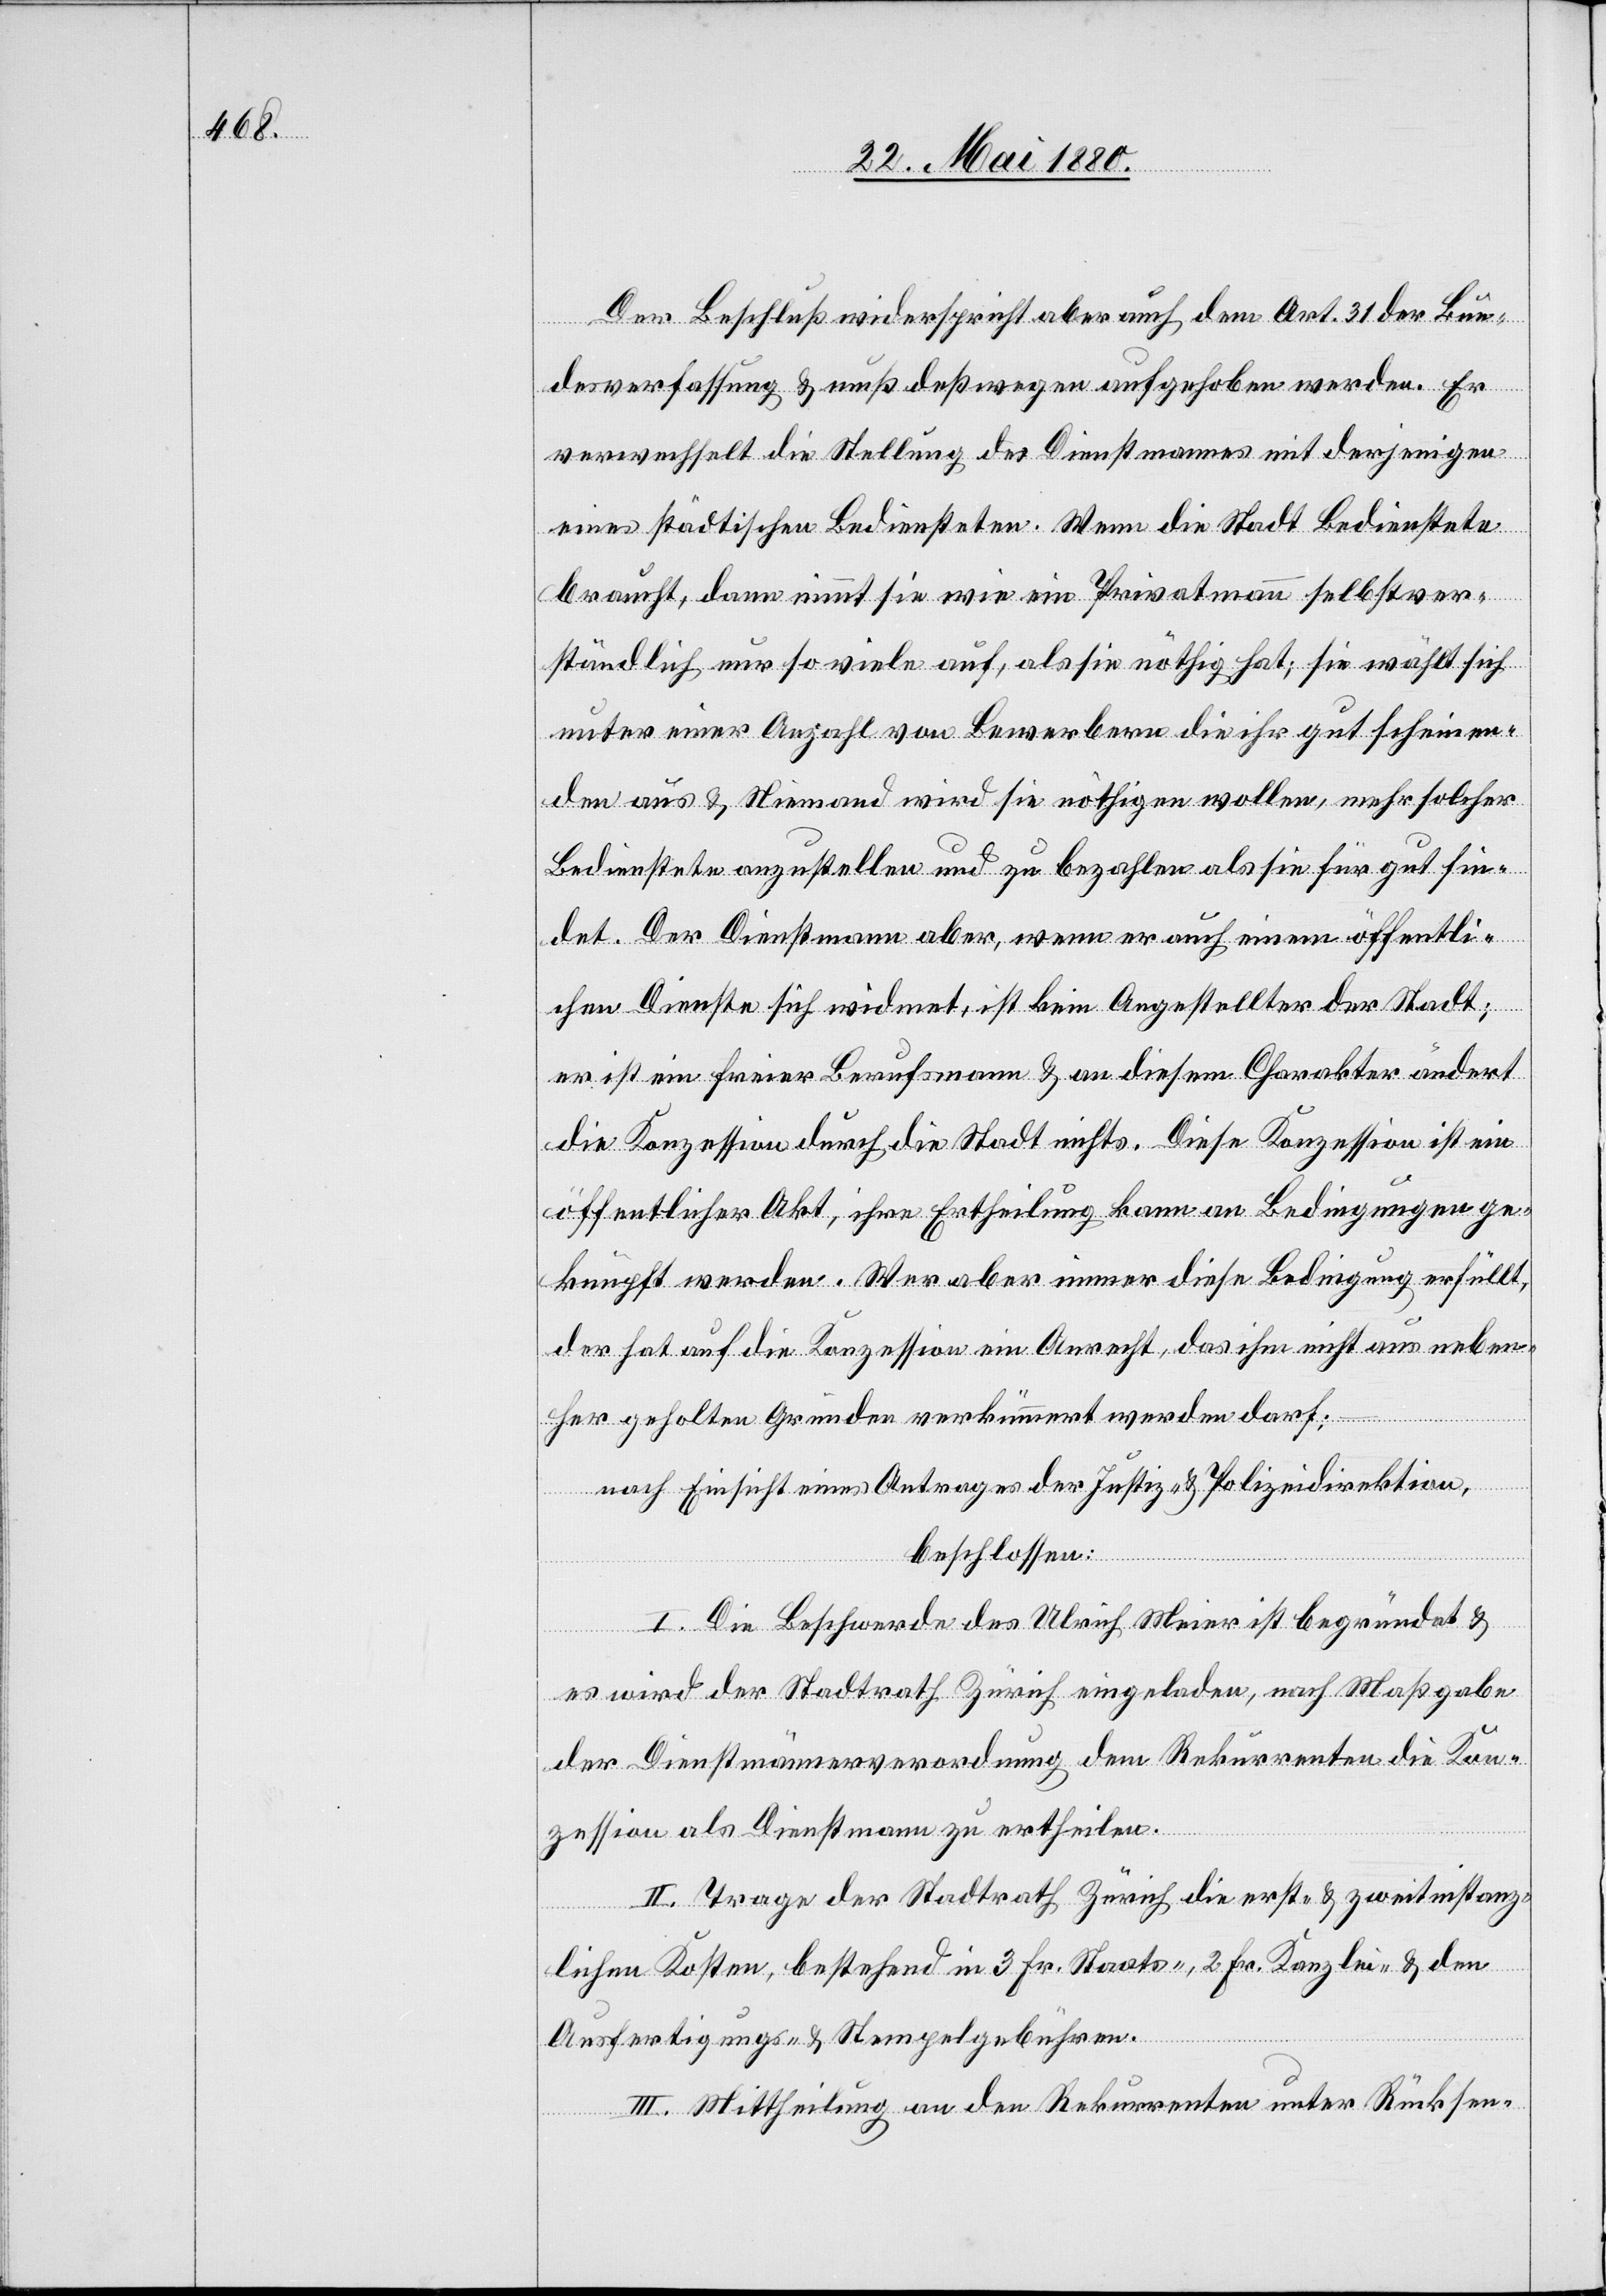
Der Beschluß wiederspricht aber auch dem Art. 31 der Bun¬
desverfassung & muß deßwegen aufgehoben werden. Er
verwechselt die Stellung des Dienstmannes mit derjenigen
eines städtischen Bediensteten. Wenn die Stadt Bedienstete
braucht, dann nimmt sie wie ein Privatmann selbstver¬
ständlich nur so viele auf, als sie nöthig hat; sie wählt sich
unter einer Anzahl von Bewerbern die ihr gut scheinen¬
den aus & Niemand wird sie nöthigen wollen, mehr solcher
Bediensteten anzustellen und zu bezahlen als sie für gut fin¬
det. Der Dienstmann aber, wenn er auch einem öffentli¬
chen Dienste sich widmet, ist kein Angestellter der Stadt,
er ist ein freier Berufsmann & an diesem Charakter ändert
die Konzession durch die Stadt nichts. Diese Konzession ist ein
öffentlicher Akt, ihre Ertheilung kann an Bedingungen ge¬
knüpft werden. Wer aber immer diese Bedingung erfüllt,
der hat auf die Konzession ein Anrecht, das ihm nicht aus neben¬
her geholten Gründen verkümmert werden darf;
nach Einsicht eines Antrages der Justiz- & Polizeidirektion,
beschlossen:
I. Die Beschwerde des Ulrich Meier ist begründet &
es wird der Stadtrath Zürich eingeladen, nach Maßgabe
der Dienstmännerverordnung dem Rekurrenten die Kon¬
zession als Dienstmann zu ertheilen.
II. Trage der Stadtrath Zürich die erst- & zweitinstanz¬
lichen Kosten, bestehend in 3 Fr. Staats-, 2 Fr. Kanzlei- & den
Ausfertigungs- & Stempelgebühren.
III. Mittheilung an den Rekurrenten unter Rücksen-